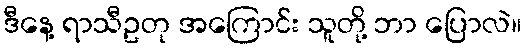
ဒီနေ့ ရာသီဥတု အကြောင်း သူတို့ ဘာ ပြောလဲ။